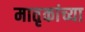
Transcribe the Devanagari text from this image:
मातृकांच्या